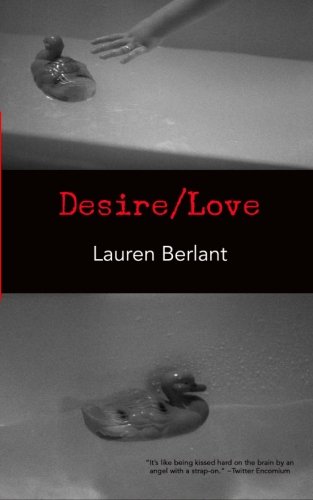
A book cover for Desire/Love; Lauren Berlant; Politics & Social Sciences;